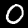
Digit: 0